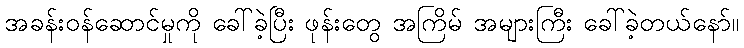
အခန်းဝန်ဆောင်မှုကို ခေါ်ခဲ့ပြီး ဖုန်းတွေ အကြိမ် အများကြီး ခေါ်ခဲ့တယ်နော်။